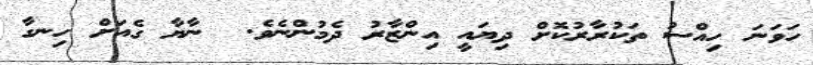
ހަވަނަ ހިއްސު ތަކުރާރުކޮށް ދިޔައީ އިންޒާރު ދެމުންނެވެ.  ނާޔާ ގެއަށް ހިނގާ